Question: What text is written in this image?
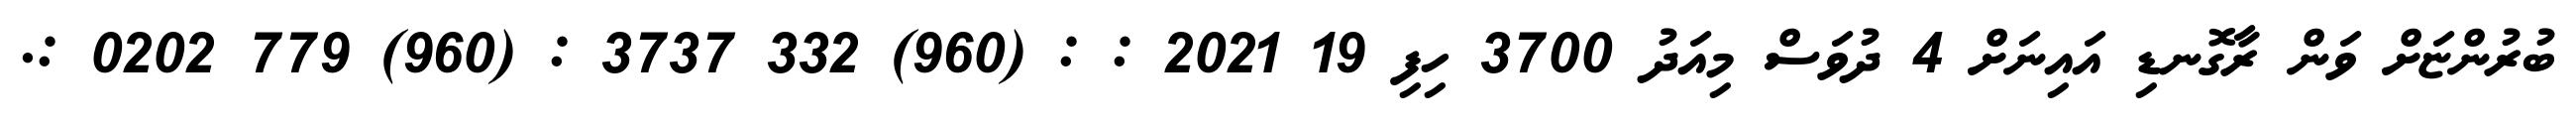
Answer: ބުރުންޏަށް ވަން ރާގޮނޑި އައިނަށް 4 ދުވަސް މިއަދު 3700 ހިފި 19 2021 : : (960) 332 3737 : (960) 779 0202 :.